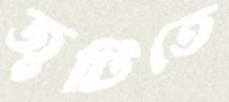
জুটিতে